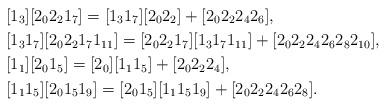
LaTeX: \begin{align*}&[1_{3}][2_{0}2_{2}1_{7}] = [1_{3}1_{7}][2_{0}2_{2}] + [2_{0}2_{2}2_{4}2_{6}],\\&[1_{3}1_{7}][2_{0}2_{2}1_{7}1_{11}] = [2_{0}2_{2}1_{7}][1_{3}1_{7}1_{11}] + [2_{0}2_{2}2_{4}2_{6}2_{8}2_{10}],\\&[1_{1}][2_{0}1_{5}]=[2_{0}][1_{1}1_{5}] + [2_{0}2_{2}2_{4}],\\&[1_{1}1_{5}][2_{0}1_{5}1_{9}] = [2_{0}1_{5}][1_{1}1_{5}1_{9}] + [2_{0}2_{2}2_{4}2_{6}2_{8}].\\\end{align*}